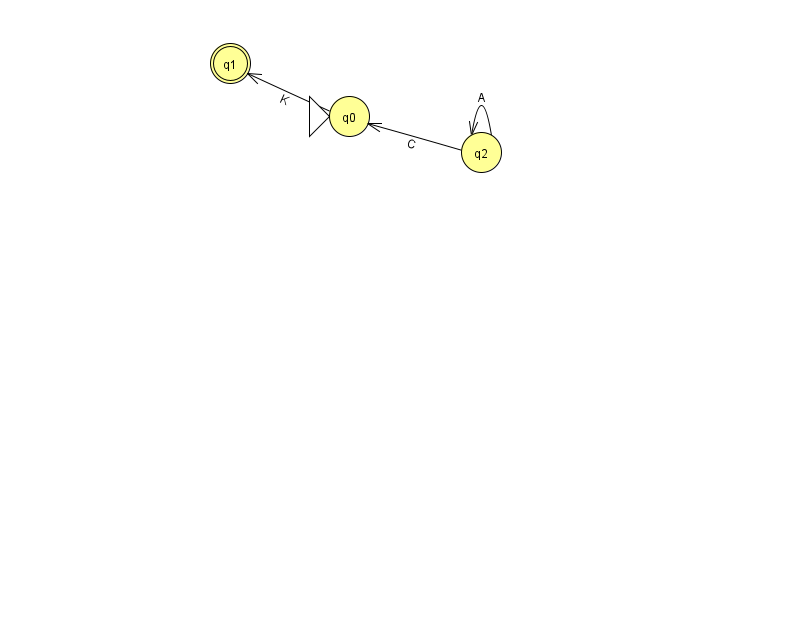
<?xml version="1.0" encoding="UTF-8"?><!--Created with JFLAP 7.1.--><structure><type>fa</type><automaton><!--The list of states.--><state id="0" name="q0"><x>349.0</x><y>103.0</y><initial/></state><state id="1" name="q1"><x>230.0</x><y>50.0</y><final/></state><state id="2" name="q2"><x>481.0</x><y>139.0</y></state><!--The list of transitions.--><transition><from>2</from><to>2</to><read>A</read></transition><transition><from>0</from><to>1</to><read>K</read></transition><transition><from>2</from><to>0</to><read>C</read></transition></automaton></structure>